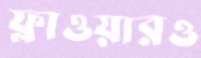
ফ্লাওয়ারও